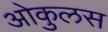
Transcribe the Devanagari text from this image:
ओकुलस